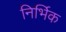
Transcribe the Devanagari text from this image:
निर्भिक